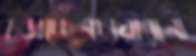
চড়াচ্ছেনছায়ারানী